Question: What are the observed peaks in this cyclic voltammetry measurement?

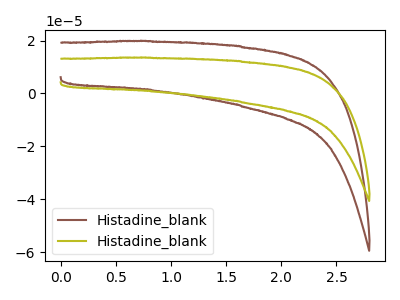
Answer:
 <answer>The brown curve "Histadine_blank1" has no peaks. The olive curve "Histadine_blank2" has no peaks.</answer>
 <eval></eval>